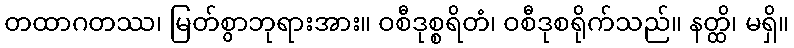
တထာဂတဿ၊ မြတ်စွာဘုရားအား။ ဝစီဒုစ္စရိတံ၊ ဝစီဒုစရိုက်သည်။ နတ္ထိ၊ မရှိ။